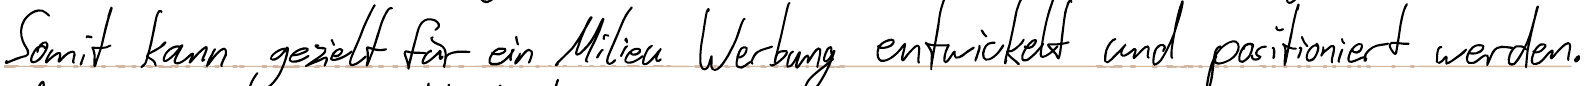
Somit kann gezielt für ein Milieu Werbung entwickelt und positioniert werden.